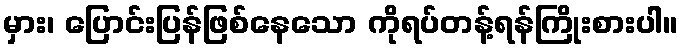
မှား၊ ပြောင်းပြန်ဖြစ်နေသော ကိုရပ်တန့်ရန်ကြိုးစားပါ။